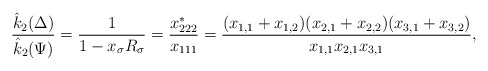
\begin{align*}\dfrac{\hat{k}_2(\Delta)}{\hat{k}_2(\Psi)}= \dfrac{1}{1-x_{\sigma}R_{\sigma}}=\dfrac{x_{222}^*}{x_{111}}=\dfrac{(x_{1,1}+x_{1,2})(x_{2,1}+x_{2,2})(x_{3,1}+x_{3,2})}{x_{1,1}x_{2,1}x_{3,1}},\end{align*}